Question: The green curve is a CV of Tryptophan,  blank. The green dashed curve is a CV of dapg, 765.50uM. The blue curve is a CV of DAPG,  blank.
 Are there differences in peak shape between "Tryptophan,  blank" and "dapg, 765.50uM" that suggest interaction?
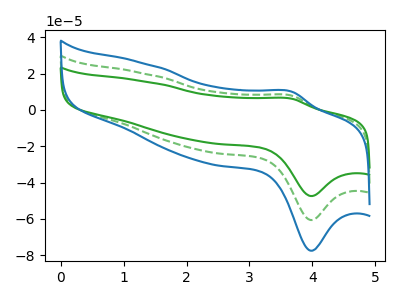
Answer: <think>The green curve "Tryptophan,  blank" has an anodic peak at (3.70V, 6.10uA) and a cathodic peak at (4.00V, -47.45uA). The green dashed curve "dapg, 765.50uM" has an anodic peak at (3.70V, 7.80uA) and a cathodic peak at (4.00V, -60.70uA). The blue curve "DAPG,  blank" has an anodic peak at (3.70V, 15.60uA) and a cathodic peak at (4.00V, -121.35uA).
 All the peaks in "Tryptophan,  blank" have a peak in "dapg, 765.50uM" at the same potential. Every peak in "Tryptophan,  blank" is lower than every peak in "dapg, 765.50uM".</think>
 <answer>No, "Tryptophan,  blank" and "dapg, 765.50uM" don't appear to be significantly different in shape</answer>
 <eval>no_change</eval>